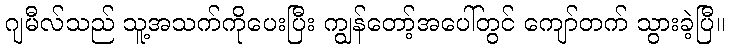
ဂျမီလ်သည် သူ့အသက်ကိုပေးပြီး ကျွန်တော့်အပေါ်တွင် ကျော်တက် သွားခဲ့ပြီ။